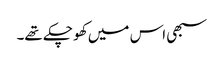
سبھی اس میں کھو چکے تھے۔